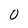
Character: 0